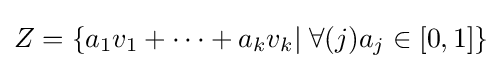
Z=\{a_{1}v_{1}+\cdots +a_{k}v_{k}|\;\forall (j)a_{j}\in [0,1]\}